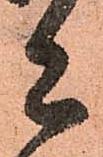
者